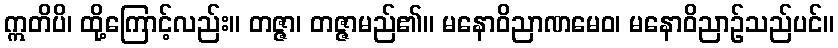
ဣတိပိ၊ ထို့ကြောင့်လည်း။ တဇ္ဇာ၊ တဇ္ဇာမည်၏။ မနောဝိညာဏမေဝ၊ မနောဝိညာဉ်သည်ပင်။